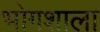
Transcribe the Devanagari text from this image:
भोगशाला